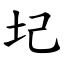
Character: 圮